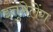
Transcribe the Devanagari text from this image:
इतुमेलेंग